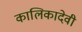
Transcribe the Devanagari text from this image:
कालिकादेवी